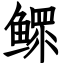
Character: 鳏